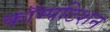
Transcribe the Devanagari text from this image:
कॉम्पटिशन